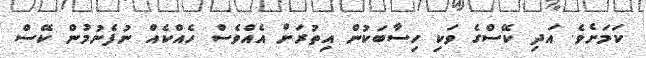
ކަމަށެވެ. އަދި ކޭސްގެ ވަކި ހިސާބަކުން އިތުރަށް އެއްވެސް ހެއްކެއް ނުފެނުމުން ކޭސް